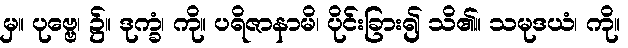
မှ။ ပုဗ္ဗေ၊ ၌။ ဒုက္ခံ၊ ကို။ ပရိဇာနာမိ၊ ပိုင်းခြား၍ သိ၏။ သမုဒယံ၊ ကို။